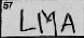
Transcription: LMA